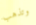
وتذهب